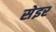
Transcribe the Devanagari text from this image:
सेइर